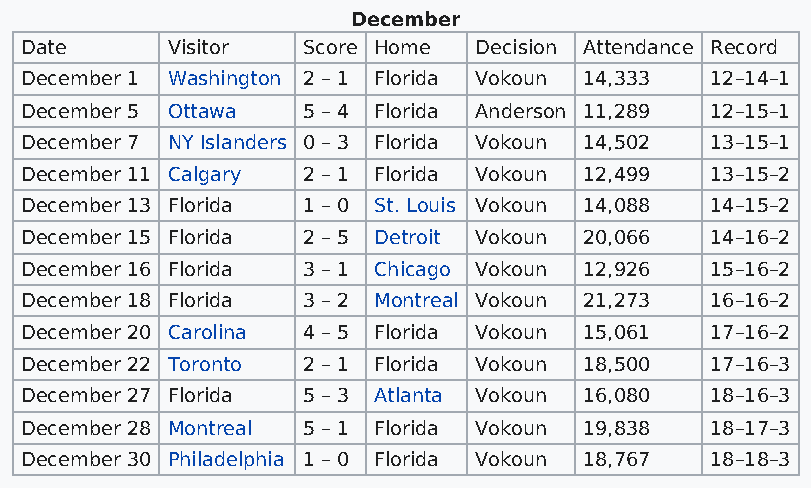
December
 Date      Visitor  Score Home Decision Attendance Record
 December 1 Washington 2 – 1 Florida Vokoun 14,333 12–14–1
 December 5 Ottawa  5 – 4 Florida Anderson 11,289 12–15–1
 December 7 NY Islanders 0 – 3 Florida Vokoun 14,502 13–15–1
 December 11 Calgary 2 – 1 Florida Vokoun 12,499 13–15–2
 December 13 Florida 1 – 0 St. Louis Vokoun 14,088 14–15–2
 December 15 Florida 2 – 5 Detroit Vokoun 20,066 14–16–2
 December 16 Florida 3 – 1 Chicago Vokoun 12,926 15–16–2
 December 18 Florida 3 – 2 Montreal Vokoun 21,273 16–16–2
 December 20 Carolina 4 – 5 Florida Vokoun 15,061 17–16–2
 December 22 Toronto 2 – 1 Florida Vokoun 18,500 17–16–3
 December 27 Florida 5 – 3 Atlanta Vokoun 16,080 18–16–3
 December 28 Montreal 5 – 1 Florida Vokoun 19,838 18–17–3
 December 30 Philadelphia 1 – 0 Florida Vokoun 18,767 18–18–3